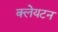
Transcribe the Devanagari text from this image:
क्लेयटन